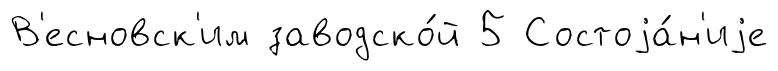
В'есновск'им заводско́й 5 Состоjа́н'иjе